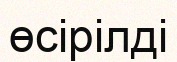
өсірілді